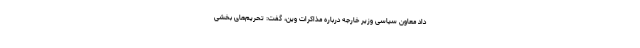
داد معاون سیاسی وزیر خارجه درباره مذاکرات وین، گفت: تحریم‌های بخشی